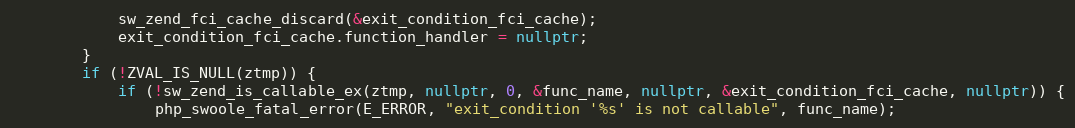
Language: C++
            sw_zend_fci_cache_discard(&exit_condition_fci_cache);
            exit_condition_fci_cache.function_handler = nullptr;
        }
        if (!ZVAL_IS_NULL(ztmp)) {
            if (!sw_zend_is_callable_ex(ztmp, nullptr, 0, &func_name, nullptr, &exit_condition_fci_cache, nullptr)) {
                php_swoole_fatal_error(E_ERROR, "exit_condition '%s' is not callable", func_name);